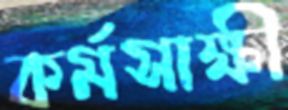
কর্মসাক্ষী